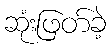
ဆုံးဖြတ်ခဲ့